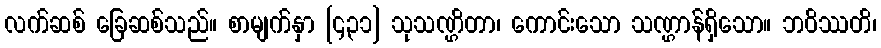
လက်ဆစ် ခြေဆစ်သည်။ စာမျက်နှာ [၄၃၁] သုသဏ္ဌိတာ၊ ကောင်းသော သဏ္ဌာန်ရှိသော။ ဘဝိဿတိ၊